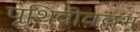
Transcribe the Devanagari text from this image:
पृथिवीवल्लभ